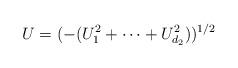
LaTeX: \begin{align*}U = (-(U_1^2+\dots+U_{d_2}^2))^{1/2}\end{align*}